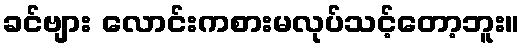
ခင်ဗျား လောင်းကစားမလုပ်သင့်တော့ဘူး။